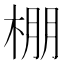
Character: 棚